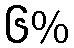
၆%